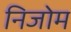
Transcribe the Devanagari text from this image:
निजोम